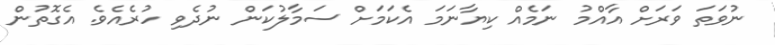
ނުވަތަ ވަރަށް އާއްމު ނަމެއް ކިޔާނަމަ އެކަމަށް ސަމާލުކަން ނުދެވި ހުރެއެވެ. އެގޮތުން